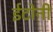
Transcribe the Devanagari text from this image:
ईटोनी